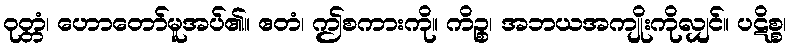
ဝုတ္တံ၊ ဟောတော်မူအပ်၏။ ဧတံ၊ ဤစကားကို။ ကိဉ္စ၊ အဘယအကျိုးကိုလျှင်။ ပဋိစ္စ၊